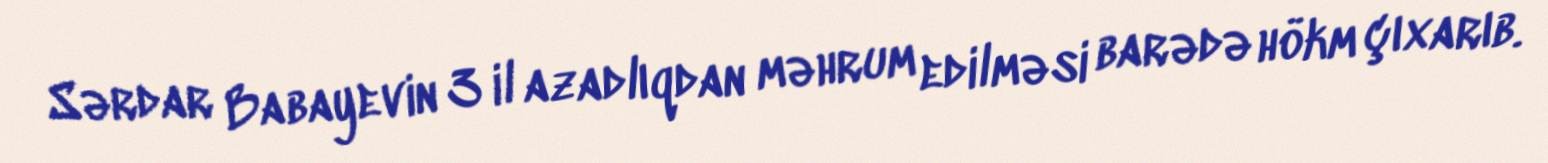
Sərdar Babayevin 3 il azadlıqdan məhrum edilməsi barədə hökm çıxarıb.